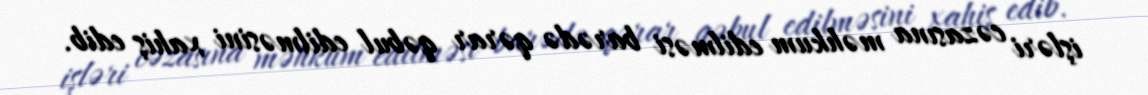
işləri cəzasına məhkum edilməsi barədə qərar qəbul edilməsini xahiş edib.